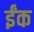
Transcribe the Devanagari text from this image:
ईंक